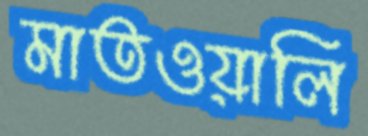
মাতওয়ালি